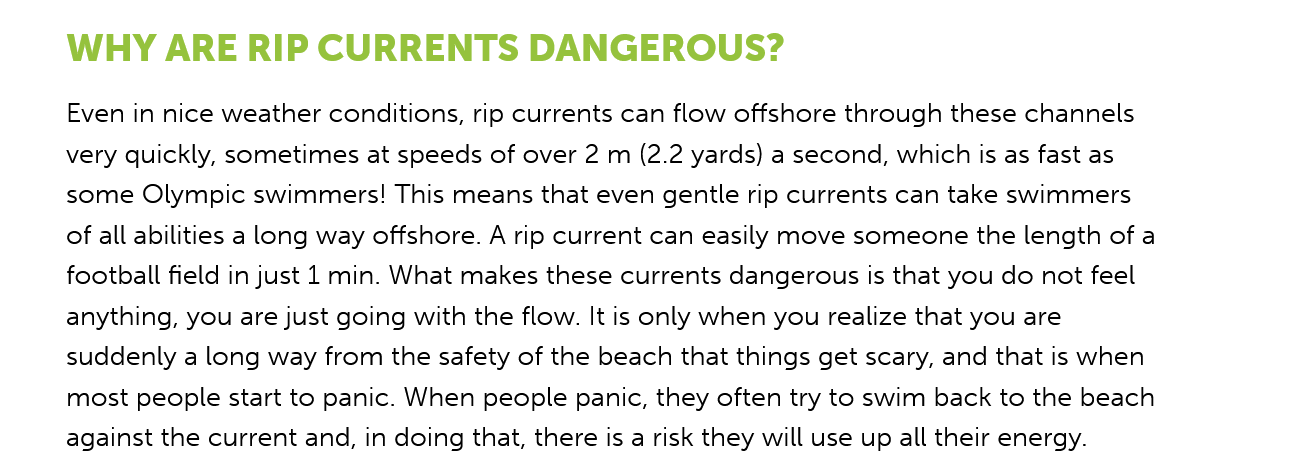
WHY ARE    RIP  CURRENTS    DANGEROUS?
     Even in nice weather conditions, rip currents can flow offshore through these channels
     very quickly, sometimes at speeds of over 2 m (2.2 yards) a second, which is as fast as
     some Olympic swimmers! This means that even gentle rip currents can take swimmers
     of all abilities a long way offshore. A rip current can easily move someone the length of a
     football field in just 1 min. What makes these currents dangerous is that you do not feel
     anything, you are just going with the flow. It is only when you realize that you are
     suddenly a long way from the safety of the beach that things get scary, and that is when
     most people start to panic. When people panic, they often try to swim back to the beach
     against the current and, in doing that, there is a risk they will use up all their energy.